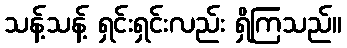
သန့်သန့် ရှင်းရှင်းလည်း ရှိကြသည်။